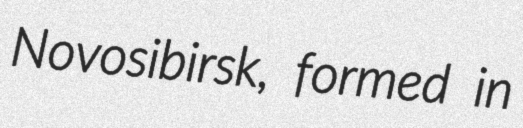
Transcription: Novosibirsk, formed in